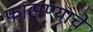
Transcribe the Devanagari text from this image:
फासण्याचे